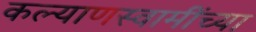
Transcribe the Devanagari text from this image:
कल्याणस्वामींच्या